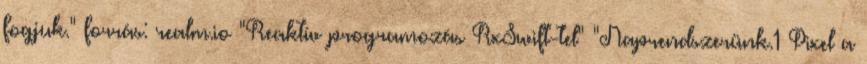
fogjuk." forrás: realm.io "Reaktív programozás RxSwift-tel" "Naprendszerünk.1 Pixel a